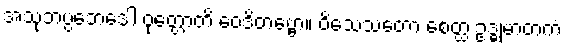
အသုဘပ္ပဘေဒေါ ဝုတ္တောတိ ဝေဒိတဗ္ဗော။ ဝိသေသတော စေတ္ထ ဥဒ္ဓုမာတကံ